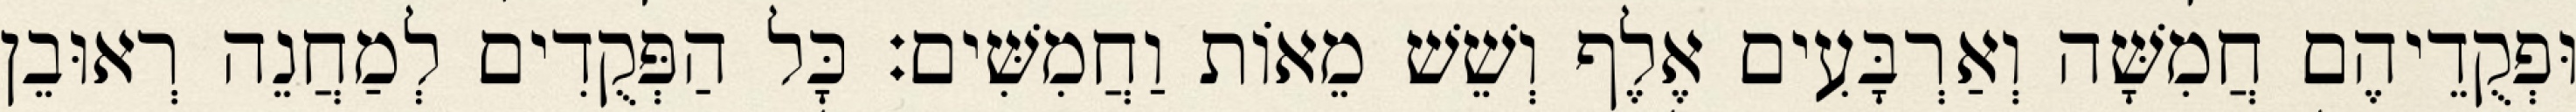
וּפְקֻדֵיהֶם חֲמִשָּׁה וְאַרְבָּעִים אֶלֶף וְשֵׁשׁ מֵאוֹת וַחֲמִשִּׁים׃ כָּל הַפְּקֻדִים לְמַחֲנֵה רְאוּבֵן